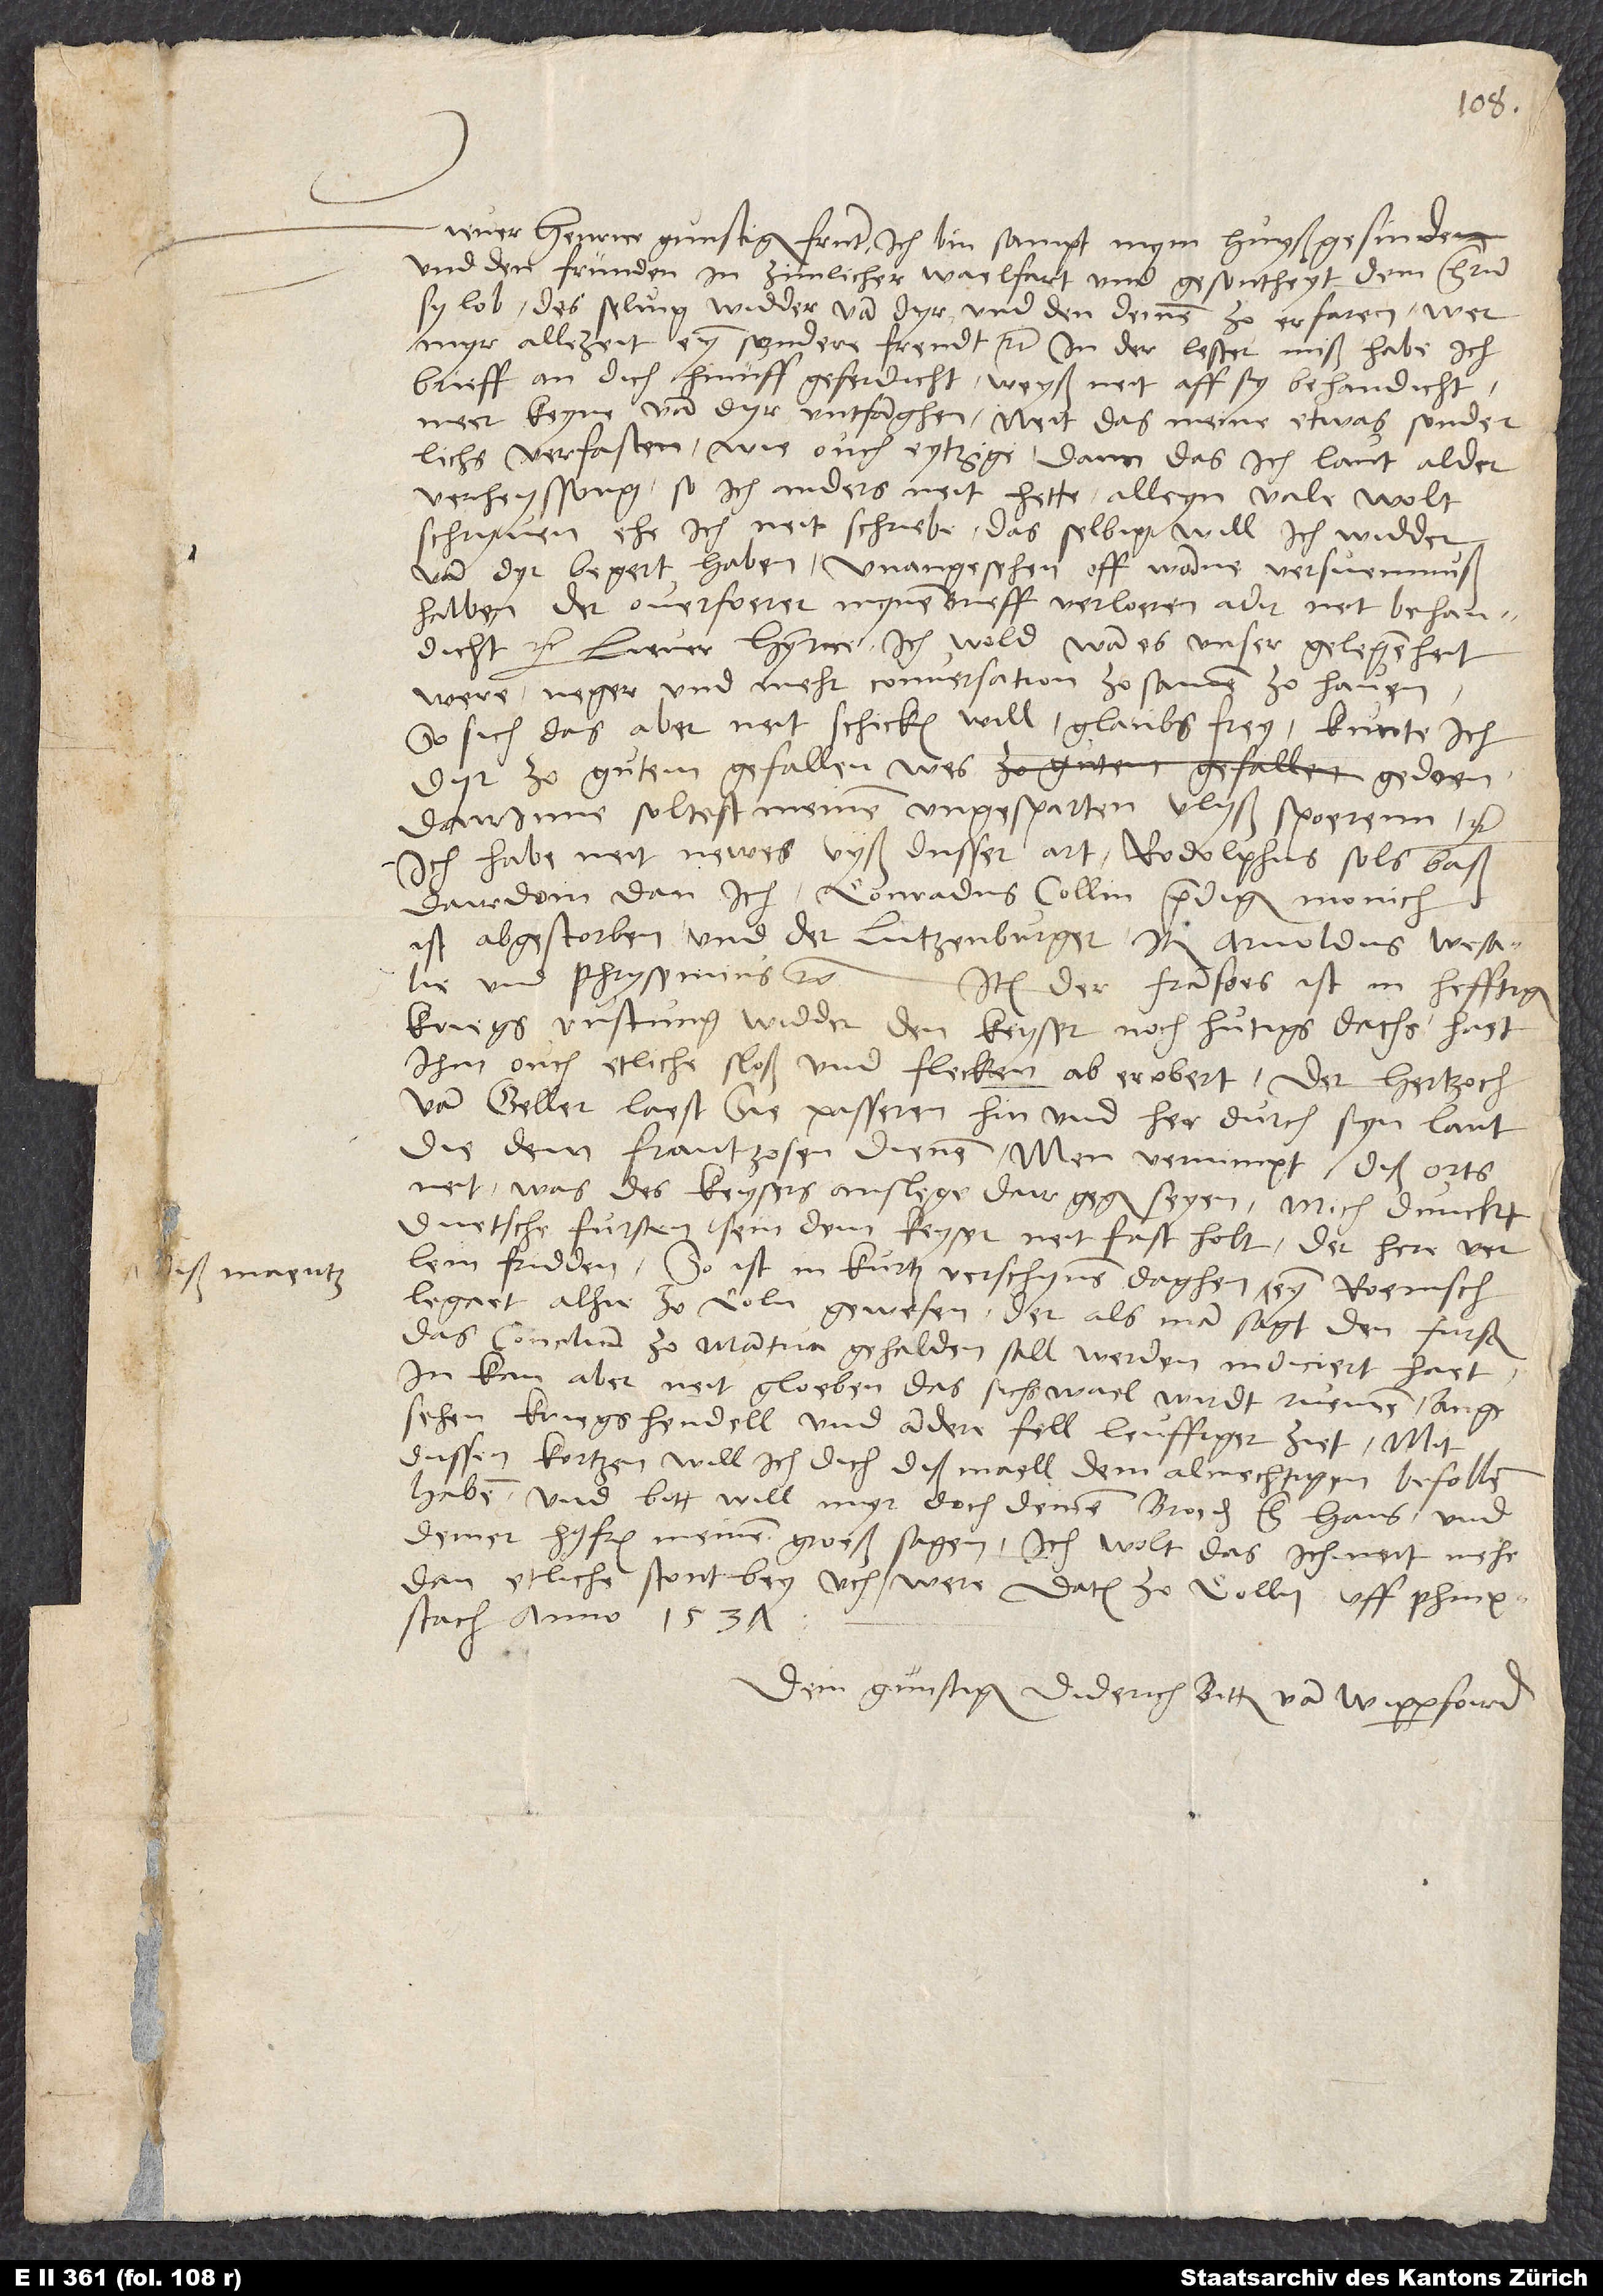
Liever Henrice, gunstiger frunt. Ich bin sampt mym huyßgesinde
und den fründen in zimlicher waelfart und gesontheyt, dem herrn
sy lob. Des selvig widder van dyr und den deinen zo erfaren wer
myr allezeit eyn sondere freudt etc. In der lester miß habe ich
brieff an dich hinuff geferdicht. Weyß neit, aff sy behandicht;
neer keyne van dyr entfanghen. Neit das meine etwas sonderlichs
verfasten, wie ouch eytzige, dann das ich laut alder
verheissong, so ich anders neit hette, alleyn "vale" wolt
schryven, ehe ich neit schriebe. Das selbig will ich widder
begert haben, unangesehen off wanne versuemnuß
halben der overfoerer myne brieff verloeren ader neit behandicht
Liever Hynrice, ich wold, wan es unser gelegenheit
were, neger und mehr conversation zo samen zo haven.
So sich das aber neit schicken will, glaubs frey: Kunte ich
dyr zo gutem gefallen wes gedoen,
dairinne soltest meinen ungesparten vlyß spoerenn etc.
Ich habe neit newes vyß dusser art; Rodolphus sols baß
dairdoin dan ich. Conradus Collin, prediger monich,
ist abgestorben und der Lutzenburger. Item Arnoldus Wesalie
und Phrysemius etc.
Item, der fransoes ist in hefftiger
kriegs rustung widder den keyser noch hutigs dachs, haet
ihm ouch etliche stoß und flecken ab erobert. Der hertzoch
van Geller laest sie passeren hin und her durch syn lant,
die dem frantzosen dienen. Men vernimpt diß orts
neit, was des keysers anslege dair gegen seyen. Mich dunckt,
duetsche fursten sein dem keyser neit fast holt. Der here verlein
fridden. So ist in kurtz verschynen daghen ß Maentz eyn roemsch
legaet alhie zo Coln gewesen, der, als man sagt, den fursten
das concilium zo Mantua gehalden sali werden indiciert haet.
Ich kan aber neit gloeben, das sichs wael wirdt ruemen,
angesehen kriegshendell und andere fell leuffiger ziet. Mit
dussen kortzen will ich dich diß maell dem almechtigen befollen
haben, und bitt, will myr doch deinem broeder, her Hans, und
deiner husfren meinen groeß sagen. Ich wolt, das ich neit mehr
dan etliche stont bey uch were. Datum zo Colln, uff pfinxstach
anno 1537.
Dein gunstiger Diderich Bitter van Wipperfoird.